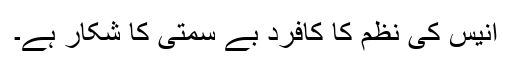
انیس کی نظم کا کافرد بے سمتی کا شکار ہے۔